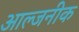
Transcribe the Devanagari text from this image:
आल्जनीक